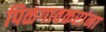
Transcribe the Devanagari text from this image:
पिळगावकरांना